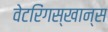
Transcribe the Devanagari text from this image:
वेटरिंगस्खान्स